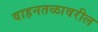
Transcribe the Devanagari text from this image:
वाहनतळावरील